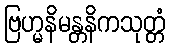
ဗြဟ္မနိမန္တနိကသုတ္တံ